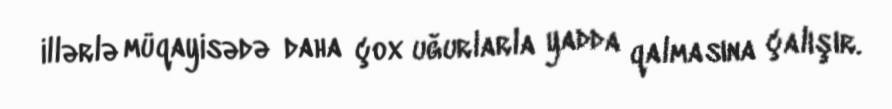
illərlə müqayisədə daha çox uğurlarla yadda qalmasına çalışır.